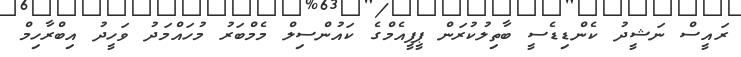
ރައީސް ނަޝީދު ކެންޑިޑެސީ ބާތިލުކުރަން ޕީޕީއެމްގެ ކައުންސިލް މެމްބަރު މުހައްމަދު ވަހީދު އިބްރާހިމް